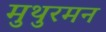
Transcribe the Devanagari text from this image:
मुथुरमन